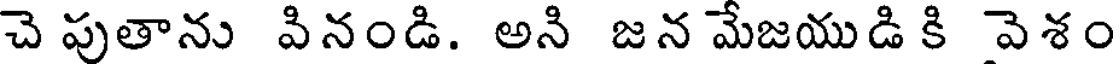
చె పుతాను వినండి. అని జన మేజయుడి కి వెశం